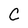
Character: C